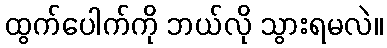
ထွက်ပေါက်ကို ဘယ်လို သွားရမလဲ။